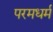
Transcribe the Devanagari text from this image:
परमधर्म